Civil Veterinary Dept. Bombay admin report 1914-1922 - 1914-1922
Year: 1914
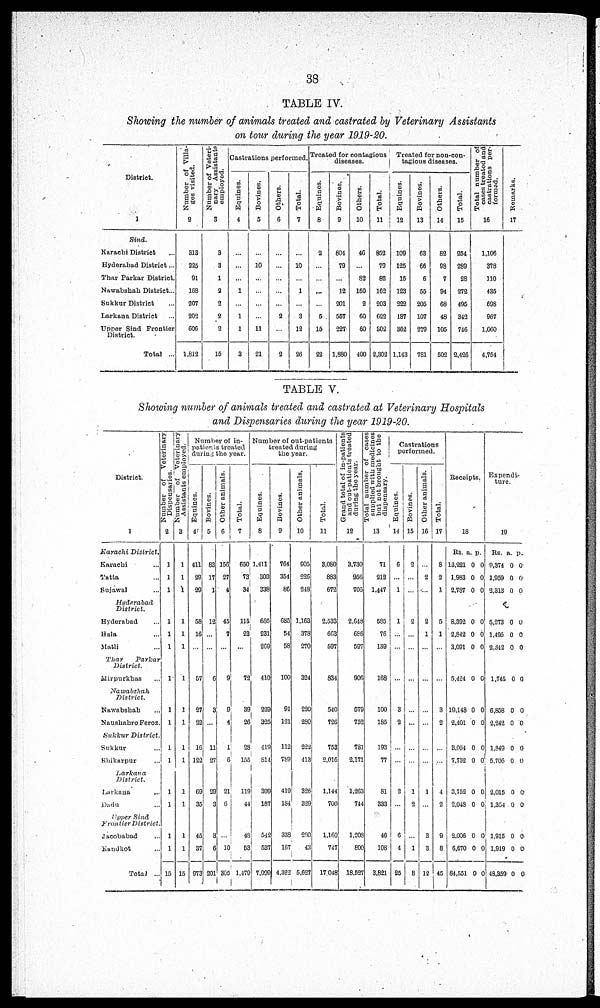
38
TABLE IV.
Showing the number of animals treated and castrated by Veterinary Assistants
on tour during the year 1919-20.
District.
1
Sind.
Karachi District ...
Hyderabad District ...
Thar Parkar District. ...
Nawabshah District ...
Sukkur District ...
Larkana District ...
Upper Sind Frontier ...
District.
Total ...
Number of Villa-
ges visited.
2
313
225
91
168
207
202
606
1,812
Number of Veteri-
nary Assistants
employed.
3
3
3
1
2
2
2
2
15
Castrations performed,
Equines.
4
...
...
...
1
...
1
1
3
Bovines,
5
...
10
...
...
...
...
11
21
Others.
6
...
...
...
...
...
2
...
2
Total.
7
...
10
...
1
...
3
12
26
Treated for contagious
diseases.
Equines.
8
2
...
...
...
...
5
15
22
Bovines,
9
804
79
...
12
201
557
227
1,880
Others.
10
46
...
82
150
2
60
60
400
Total.
11
852
79
82
162
203
622
302
2,302
Treated for non-con-
tagious diseases.
Equines.
12
109
125
15
123
222
187
362
1,143
Bovines.
13
63
66
6
55
205
107
279
781
Others.
14
82
98
7
94
68
48
105
502
Total.
15
254
289
28
272
495
342
746
2,426
Total number of
cases treated and
castrations per-
formed.
16
1,106
378
110
435
698
967
1,060
4,754
Re ma r
ks .
17
TABLE V.
Showing number of animals treated and castrated at Veterinary Hospitals
and Dispensaries during the year 1919-20.
District.
1
Karachi
District.
Karachi ...
Tatta ...
Sujawal ...
Hyderabad
District.
Hyderabad ...
Hala ...
Matli ...
Thar
Parkar
District.
Mirpurkhas ...
Nawabshah
District.
Nawabshah ...
Naushahro Feroz
Sukkur
District.
Sukkur ...
Shikarpur ...
Larkana
District.
Larkana ...
Dadu ...
Upper Sind
Frontier District
Jacobabad ...
Kandkot ...
Total ...
Number of Veterinary
Dispensaries.
2
1
1
1
1
1
1
1
1
1
1
1
1
1
1
1
15
Number of Veterinary
Assistants employed.
3
1
1
1
1
1
1
1
1
1
1
1
1
1
1
1
15
Number of in-
patients treated
during the year.
Equines.
4
411
29
29
58
16
...
57
27
22
16
122
69
35
45
37
973
Bovines.
5
83
17
1
12
...
...
6
3
...
11
27
29
3
3
6
201
Other animals.
6
156
27
4
45
7
...
9
9
4
1
6
21
6
10
305
Total.
7
650
73
34
115
23
...
72
39
26
28
155
119
44
48
53
1,479
Number of out-patients
treated during
the year.
Equines.
8
1,411
303
338
685
231
269
410
229
325
419
814
399
187
542
537
7,099
Bovines.
9
764
354
66
685
54
58
100
91
121
112
789
419
184
338
167
4,322
Other animals.
10
905
226
248
1,163
378
270
324
220
280
222
413
326
329
280
43
5,627
Total.
11
3,080
883
672
2,533
663
597
834
540
726
753
2,016
1,144
700
1.160
747
17 048
Grand total of in-patients
and out-patients treated
during the year.
12
3,730
956
705
2,648
686
597
906
579
752
781
2,171
1,263
744
1,208
800
18,527
Total number of cases
supplied with medicines
but not brought to the
dispensary.
13
71
212
1,447
585
76
139
168
100
185
193
77
81
333
46
108
3,821
Castrations
performed.
Equines.
14
6
...
1
1
...
...
...
3
2
...
...
2
...
6
4
25
Bovines.
15
2
...
...
2
...
...
...
...
...
...
...
1
2
...
1
8
Other animals.
16
...
2
...
2
1
...
...
...
...
...
...
1
...
3
3
12
Total.
17
8
2
1
5
1
...
...
3
2
...
...
4
2
9
8
45
Receipts.
18
Rs.
13,221
1,983
2,787
a.
0
0
0
p.
0
0
0
8,392
2,842
3,091
0
0
0
0
0
0
5,424 0 0
19,148
2,401
0
0
0
0
3,054
7,732
0
0
0
0
3,752
2,048
0
0
0
0
2,006
6.670
84,551
0
0
0
0
0
0
Expendi-
-----
19
Rs.
9,374
1,959
2,313
a.
0
0
0
p.
0
0
0
5,273
1,495
2,342
0
0
0
0
0
0
1,745 0 0
6,858
2,242
0
0
0
0
1,849
5,706
0
0
0
0
2,015
1,354
0
0
0
0
1,915
1,919
48,359
0
0
0
0
0
0